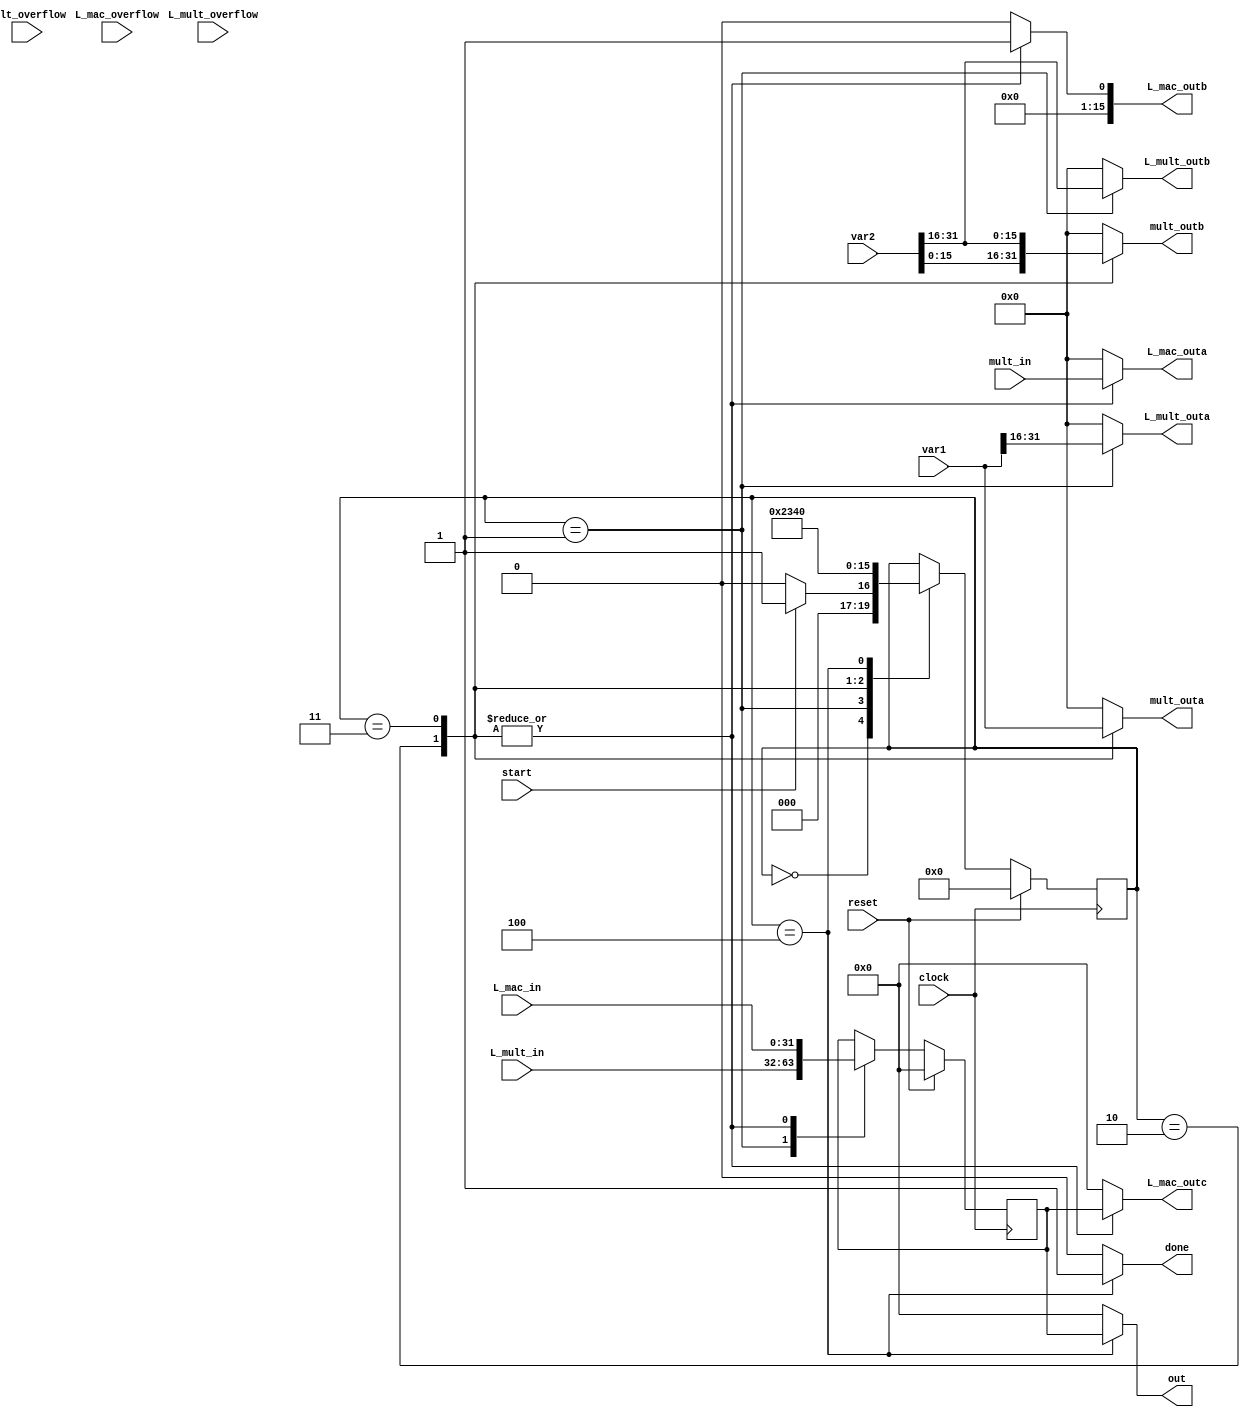
module Mpy_32(clock, reset, start, done, var1, var2, out, L_mult_outa, L_mult_outb,
					L_mult_overflow, L_mult_in, L_mac_outa, L_mac_outb, L_mac_outc, 
					L_mac_overflow, L_mac_in, mult_outa, mult_outb, mult_in, mult_overflow);
					
   input clock, reset, start;
	input L_mult_overflow, L_mac_overflow, mult_overflow;
	input [15:0] mult_in;
	input [31:0] var1, var2, L_mult_in, L_mac_in;	
   output reg [15:0] L_mult_outa, L_mult_outb, L_mac_outa, L_mac_outb, mult_outa, mult_outb;
   output reg [31:0] L_mac_outc, out;
	output reg done;
	
	wire [15:0] high1, high2, low1,low2;
	
	assign high1 = var1[31:16];
	assign high2 = var2[31:16];
	assign low1 = var1[15:0];
	assign low2 = var2[15:0];
	
	parameter init = 4'd0;
	parameter state1 = 4'd1;
	parameter state2 = 4'd2;
	parameter state3 = 4'd3;
	parameter state4 = 4'd4;
	
	reg [3:0] currentstate, nextstate;
	reg [31:0] product,nextproduct;	
	always@(posedge clock) begin
		if(reset)
			currentstate <= init;
		else
			currentstate <= nextstate;
	end
	
	always@(posedge clock) begin
		if(reset)
			product <= 0;
		else
			product <= nextproduct;
	end
	
	always@(*) begin
		done = 0;
		nextstate = currentstate;
		nextproduct = product;
		
		L_mult_outa = 0;
		L_mult_outb = 0;
		
		mult_outa = 0;
		mult_outb = 0;
		
		L_mac_outa = 0;
		L_mac_outb = 0;
		L_mac_outc = 0;
		
		out = 0;
		
		case(currentstate)
		
			init: begin
				if(start==1)
					nextstate = state1;
				else begin
					nextstate = init;
				end
			end
			
			state1: begin
				L_mult_outa = high1;
				L_mult_outb = high2;
				nextproduct = L_mult_in;
				nextstate = state2;
			end
			
			state2: begin
				mult_outa = high1;
				mult_outb = low2;
				L_mac_outa = mult_in;
				L_mac_outb = 16'd1;
				L_mac_outc = product;				
				nextproduct = L_mac_in;
				nextstate = state3;
			end
			
			state3: begin
				mult_outa = low1;
				mult_outb = high2;
				L_mac_outa = mult_in;
				L_mac_outb = 16'd1;
				L_mac_outc = product;
				nextproduct = L_mac_in;
				nextstate = state4;
			end
			
			state4: begin
				out = product;
				done = 1;
				nextstate = init;
			end
		endcase
	end
endmodule